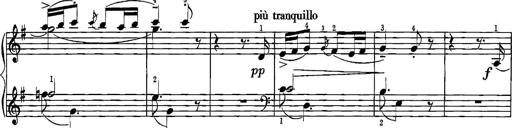
Title: Sonatina for Piano
Composer: BÃ©la BartÃ³k